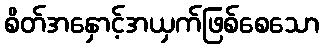
စိတ်အနှောင့်အယှက်ဖြစ်စေသော